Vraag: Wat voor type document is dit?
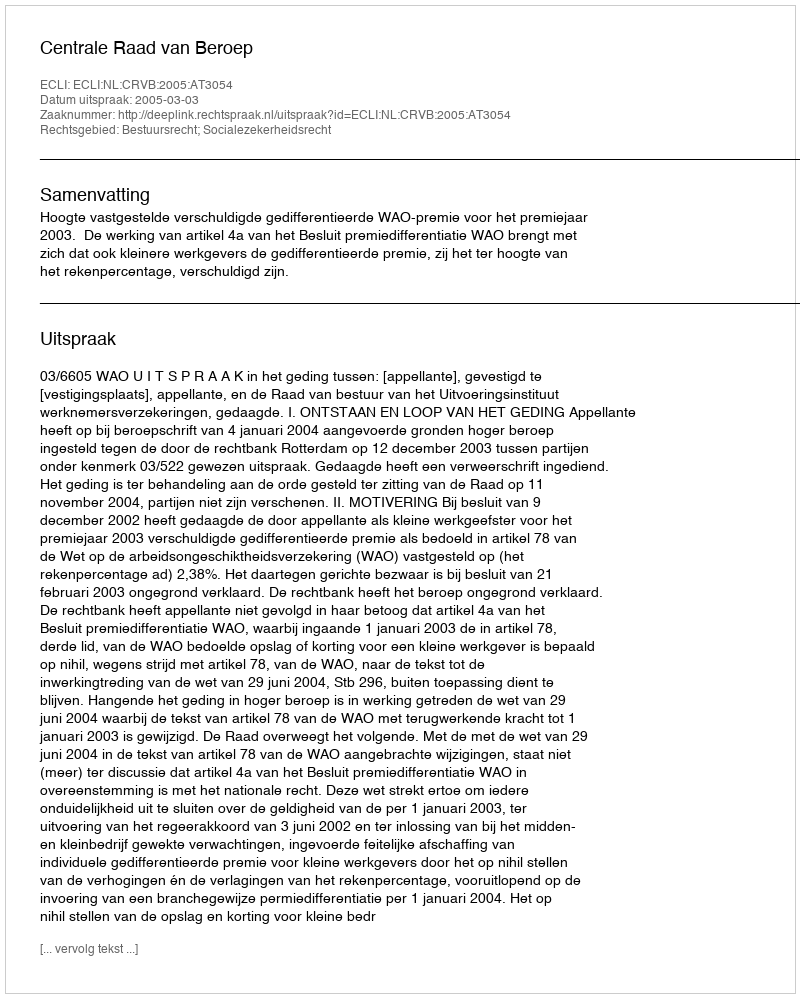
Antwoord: Uitspraak